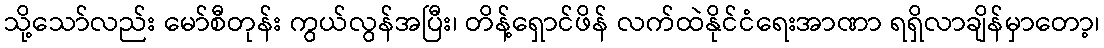
သို့သော်လည်း မော်စီတုန်း ကွယ်လွန်အပြီး၊ တိန့်ရှောင်ဖိန် လက်ထဲနိုင်ငံရေးအာဏာ ရရှိလာချိန်မှာတော့၊